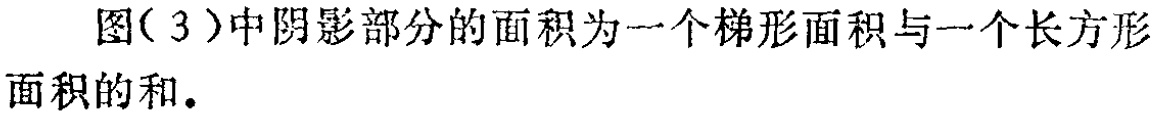
图(3)中阴影部分的面积为一个梯形面积与一个长方形面积的和.